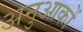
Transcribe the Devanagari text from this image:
अनुआकों